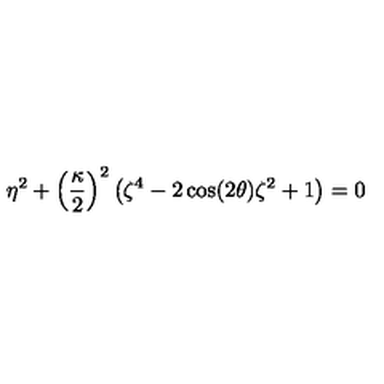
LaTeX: \eta ^ { 2 } + \left( \frac { \kappa } { 2 } \right) ^ { 2 } \left( \zeta ^ { 4 } - 2 \cos ( 2 \theta ) \zeta ^ { 2 } + 1 \right) = 0